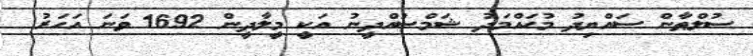
ސުލްޠާން ސައްޔިދު މުޙައްމަދު ޝަމްސުއްދީނު އަކީ މީލާދީން 1692 ވަނަ އަހަރު